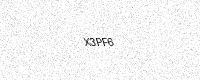
Text: X3PF6